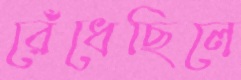
রেঁধেছিলে